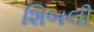
શિબલી